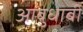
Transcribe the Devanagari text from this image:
आबुधाबी